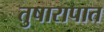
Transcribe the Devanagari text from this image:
तुषारापात